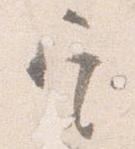
定